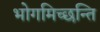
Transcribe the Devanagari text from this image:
भोगमिच्छन्ति